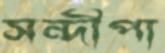
সন্দীপা